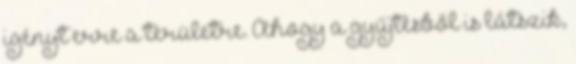
igényt erre a területre. Ahogy a gyűjtésből is látszik,